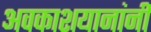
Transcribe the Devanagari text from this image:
अवकाशयानांनी